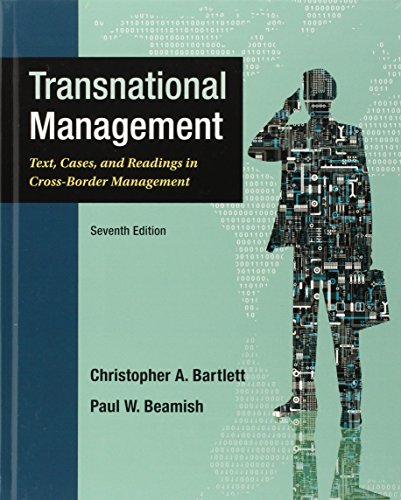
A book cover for Transnational Management: Text, Cases & Readings in Cross-Border Management; Christopher Bartlett; Business & Money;